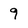
Character: 9